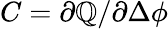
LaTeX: C=\partial\mathbb{Q}/\partial\Delta\phi